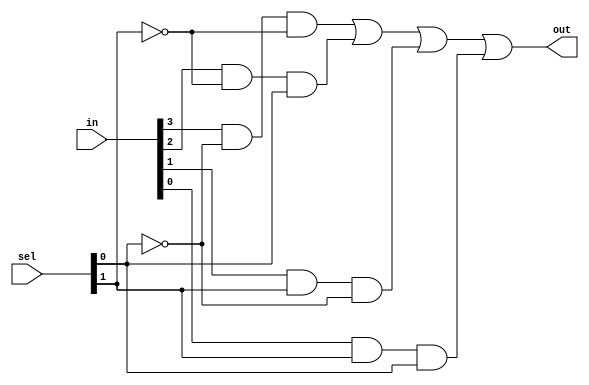
module mux4to1_gate(out, in, sel);
	input [0:3] in;
	input [0:1] sel;
	output out;
	wire a,b,c,d,n1,n2,a1,a2,a3,a4;
	
	not n(n1, sel[1]);
	not nn(n2, sel[0]);
	
	and (a1,in[0],n1,n2);
	and (a2,in[1],n2,sel[1]);
	and (a3,in[2],sel[0],n1);
	and (a4,in[3],sel[0],sel[1]);
	
	or or1(out,a1,a2,a3,a4);
endmodule

module mux16to1(out,in,sel);
	input [0:15] in;
	input [0:3] sel;
	output out;
	wire [0:3] ma;
	
	mux4to1_gate m1(ma[0],in[0:3],sel[2:3]);
	mux4to1_gate m2(ma[1],in[4:7],sel[2:3]);
	mux4to1_gate m3(ma[2],in[8:11],sel[2:3]);
	mux4to1_gate m4(ma[3],in[12:15],sel[2:3]);
	mux4to1_gate m5(out, ma, sel[0:1]);
endmodule

module test_mux;
	reg [0:15] in;
	reg [0:3] sel;
	wire out;
	
	mux16to1 mux(out,in,sel);
	
	initial
		begin
		$monitor("in=%b | sel=%b | out=%b",in, sel, out);
		end
		
	initial
		begin
			in=16'b1000000000000000; sel=4'b0000;
			#3 in=16'b0100000000000000; sel=4'b0000;
			#3 in=16'b0010000000000000; sel=4'b0010;
			#3 in=16'b0001000000000000; sel=4'b0011;
			#3 in=16'b0000100000000000; sel=4'b0100;
			#3 in=16'b0000010000000000; sel=4'b0101;
			#3 in=16'b0000001000000000; sel=4'b0110;
			#3 in=16'b0000000100000000; sel=4'b0111;
			#3 in=16'b0000000010000000; sel=4'b1000;
			#3 in=16'b0000000001000000; sel=4'b1001;
			#3 in=16'b0000000000100000; sel=4'b1010;
			#3 in=16'b0000000000010000; sel=4'b1011;
			#3 in=16'b0000000000001000; sel=4'b1100;
			#3 in=16'b0000000000000100; sel=4'b1101;
			#3 in=16'b0000000000000010; sel=4'b1110;
			#3 in=16'b0000000000000001; sel=4'b1111;
		end
endmodule